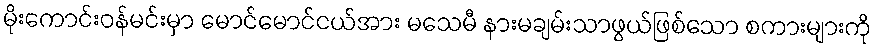
မိုးကောင်းဝန်မင်းမှာ မောင်မောင်ငယ်အား မသေမီ နားမချမ်းသာဖွယ်ဖြစ်သော စကားများကို